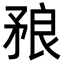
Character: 𥍫